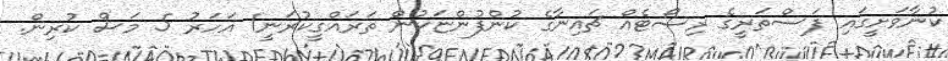
ކުނާވަށީގައި ފަސްތަރީގެ ރިސޯޓެއް ޗައިނާގެ ކުންފުންޏަކުން ތަރައްގީކުރަނީ1 އަހަރު 5 މަސް ކުރިން.